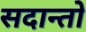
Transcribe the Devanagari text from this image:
सदान्तो